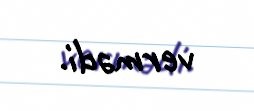
vermədi.